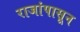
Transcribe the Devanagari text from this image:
राजांपासून